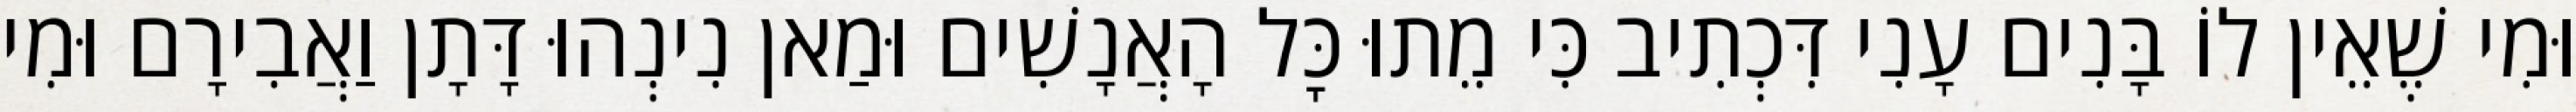
וּמִי שֶׁאֵין לוֹ בָּנִים עָנִי דִּכְתִיב כִּי מֵתוּ כׇּל הָאֲנָשִׁים וּמַאן נִינְהוּ דָּתָן וַאֲבִירָם וּמִי